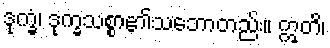
ဒုက္ခံ၊ ဒုက္ခသစ္စာ၏သဘောတည်း။ ဣတိ၊